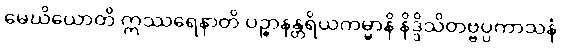
မေဃိယောတိ ဣဿရေနာတိ ပဉ္စာနန္တရိယကမ္မာနိ နိဒ္ဒိသိတဗ္ဗပ္ပကာသနံ